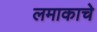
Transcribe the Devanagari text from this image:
लमाकाचे